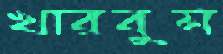
খারবুস